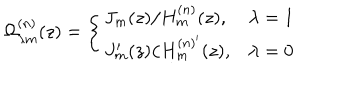
\Omega _ { \lambda m } ^ { ( n ) } ( z ) = \left\{ \begin{array} { l l } { { J _ { m } ( z ) / H _ { m } ^ { ( n ) } ( z ) , } } & { { \lambda = 1 } } \\ { { J _ { m } ^ { \prime } ( z ) / H _ { m } ^ { ( n ) ^ { \prime } } ( z ) , } } & { { \lambda = 0 } } \\ \end{array} \right.